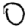
Digit: 0